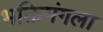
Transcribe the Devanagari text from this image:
भक्तिमंगला